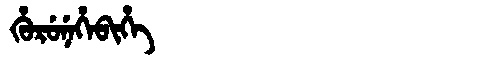
Manchu: ᡥᡠᡵᡠᠨᡝᡥᡝᠪᡳᡥᡝ
Romanization: HURUNEHEBIHE